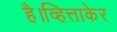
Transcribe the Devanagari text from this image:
है।व्हित्ताकेर